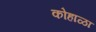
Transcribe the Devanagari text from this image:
कोहाळा